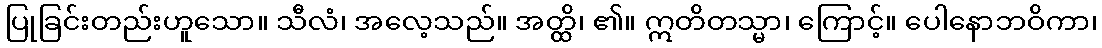
ပြုခြင်းတည်းဟူသော။ သီလံ၊ အလေ့သည်။ အတ္ထိ၊ ၏။ ဣတိတသ္မာ၊ ကြောင့်။ ပေါနောဘဝိကာ၊